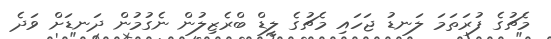
މެޗުގެ ފުރަތަމަ ލަނޑު ޖަހައި މެޗުގެ ލީޑް ބްރެޒިލުން ނެގުމުން ދަނޑަށް ވަދެ